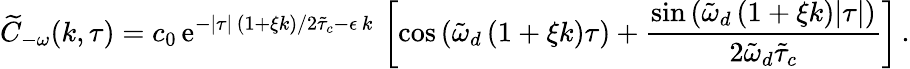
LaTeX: \widetilde{C}_{-\omega}(k,\tau)={c_{0}}\, \mathrm{e}^{-\lvert\tau\rvert\, \left(1+\xi k\right)/2\tilde{\tau}_{c}-\epsilon\, k}\, \left[\cos\left(\tilde{\omega}_{d}\left(1+\xi k\right)\tau\right)+\frac{\sin\left(\tilde{\omega}_{d}\left(1+\xi k\right)\lvert\tau\rvert\right)}{2\tilde{\omega}_{d}\tilde{\tau}_{c}}\right]\, .